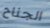
الجناح